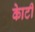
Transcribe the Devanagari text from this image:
काेटी